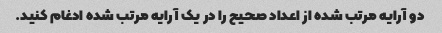
دو آرایه مرتب شده از اعداد صحیح را در یک آرایه مرتب شده ادغام کنید.